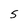
Character: 5